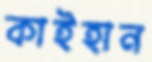
কাইহান